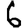
Digit: 6